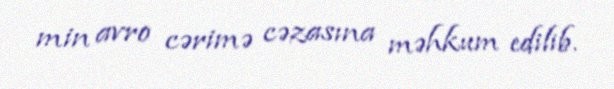
min avro cərimə cəzasına məhkum edilib.